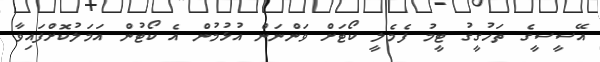
އޭސީސީގެ ތަހުގީގު ޓީމު ފެމެލީ ކޯޓަށް ވަންނަން އުޅުމުން އެ ކޯޓުން އަމަލުކޮށްފައިވާ